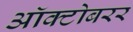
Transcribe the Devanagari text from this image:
ऑक्टोबरर